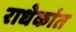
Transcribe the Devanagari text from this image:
राधेकांत